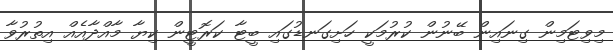
މިވިޓަމިން ގިނައިން ބޭނުން ކުރުމަކީ ހަށިގަނޑުގައި ބީޓާ ކަރޮޓީން ކިޔާ މާއްދާއެއް އިތުރުވާ